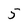
Character: 5